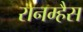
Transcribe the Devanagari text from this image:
रानम्हैस